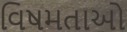
વિષમતાઓ